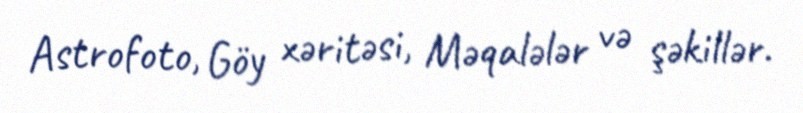
Astrofoto, Göy xəritəsi, Məqalələr və şəkillər.